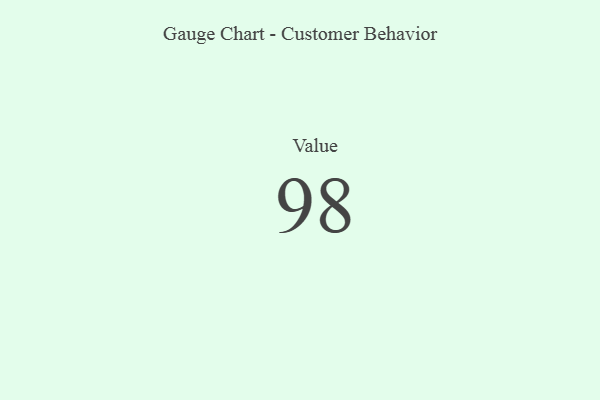
{"axis": {"x": "Metric", "y": "Value"}, "legend": [""], "data": [{"x": "Value", "y": 98, "type": ""}]}